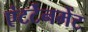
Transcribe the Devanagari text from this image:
एंटर्टेनमेंट